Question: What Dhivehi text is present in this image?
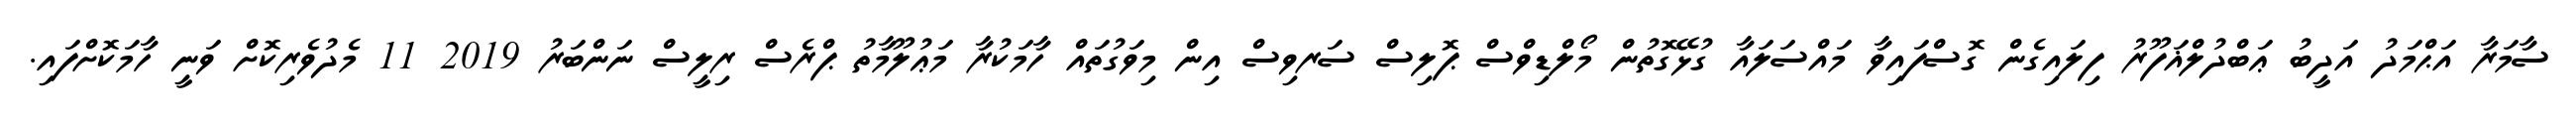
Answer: ސާމަރާ އަޙްމަދު އަދީބު ޢަބްދުލްޣަފޫރު ފިލައިގެން ގޮސްފައިވާ މައްސަލައާ ގުޅޭގޮތުން މޯލްޑިވްސް ޕޮލިސް ސަރވިސް އިން މިވަގުތައް ހާމަކުރާ މަޢުލޫމާތު ޕްރެސް ރިލީސް ނަންބަރު 2019 11 މެދުވެރިކޮށް ވަނީ ހާމަކޮށްފައި.